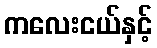
ကလေးငယ်နှင့်